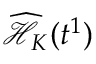
\widehat { \mathcal { H } _ { K } } ( t ^ { 1 } )